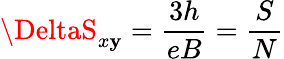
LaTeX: \DeltaS_{x\mathbf{y}}=\frac{{3h}}{{eB}}=\frac{{S}}{{N}}